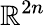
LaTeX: \mathbb{R}^{2n}